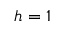
h = 1